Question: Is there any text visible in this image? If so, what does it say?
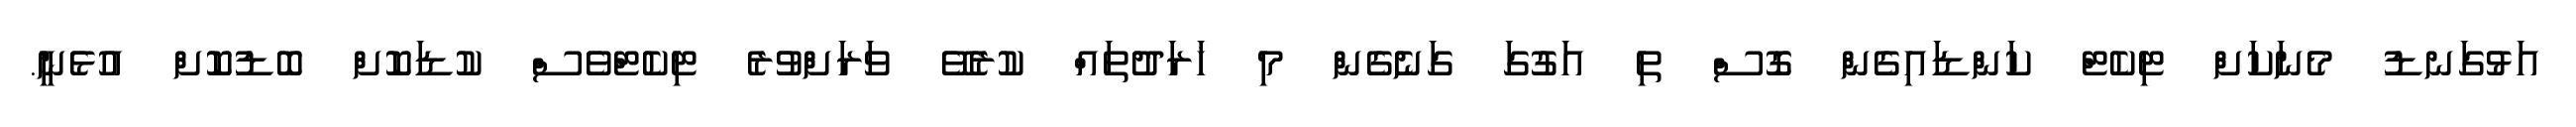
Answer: އަޅުގަނޑު މެނަކަށް ޓިކެޓް ކަންޑައިގެން ގޮސް ތި އަގުގަ ގަނެގެން މި ޚަރަދުތައް ކުރެވޭ ވަރަށްވުރެ ޓިކެޓްވެސް ކުޑަކޮށް ބޮޑުކޮށް އުޅެނީ.